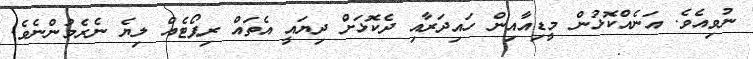
ނުވިއެވެ. އަނެއްކޮޅުން މީޑިއާއިން ހައިދަރާއި ދެކޮޅަށް ދިޔައީ އެތައް ރިޕޯޓެއް ލިޔެ ނެރެމުންނެވެ.